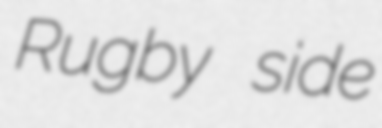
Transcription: Rugby side